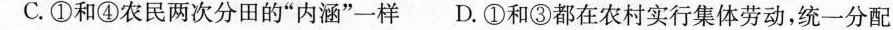
C.①和④农民两次分田的”内涵”一样